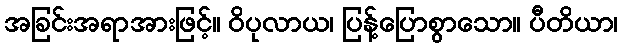
အခြင်းအရာအားဖြင့်။ ဝိပုလာယ၊ ပြန့်ပြောစွာသော။ ပီတိယာ၊